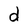
Character: d